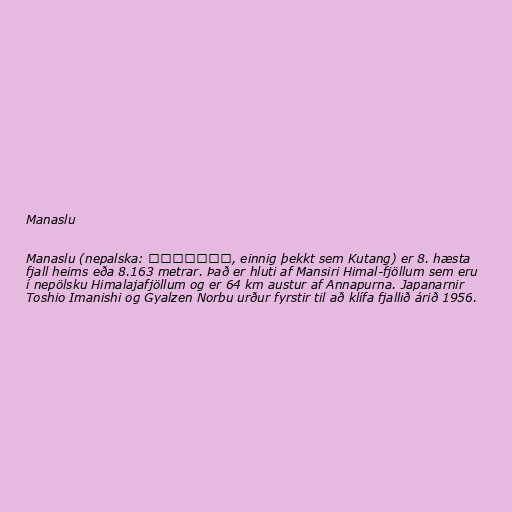
Manaslu

Manaslu (nepalska: मनास्लु, einnig þekkt sem Kutang) er 8. hæsta
fjall heims eða 8.163 metrar. Það er hluti af Mansiri Himal-fjöllum sem eru
í nepölsku Himalajafjöllum og er 64 km austur af Annapurna. Japanarnir
Toshio Imanishi og Gyalzen Norbu urður fyrstir til að klífa fjallið árið 1956.